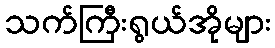
သက်ကြီးရွယ်အိုများ